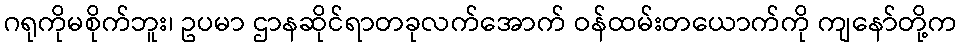
ဂရုကိုမစိုက်ဘူး၊ ဥပမာ ဌာနဆိုင်ရာတခုလက်အောက် ဝန်ထမ်းတယောက်ကို ကျနော်တို့က